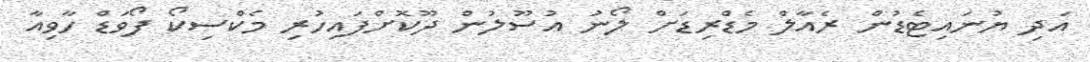
އަދި ޔުނައިޓެޑުން ރެއާލް މެޑްރިޑަށް ލޯނު އުސޫލުން ދޫކޮށްފައިހުރި މެކްސިކޯ ފޯވަޑް ހާވިއާ